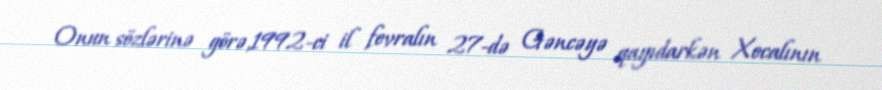
Onun sözlərinə görə,1992-ci il fevralın 27-də Gəncəyə qayıdarkən Xocalının